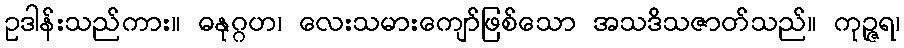
ဥဒါန်းသည်ကား။ ဓနုဂ္ဂဟ၊ လေးသမားကျော်ဖြစ်သော အသဒိသဇာတ်သည်။ ကုဉ္ဇရ၊